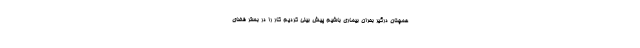
همچنان درگیر بحران بیماری باشیم پیش بینی کردیم کار را در بستر فضای